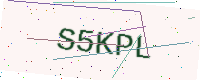
Text: S5KPL